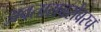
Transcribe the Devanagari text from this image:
अवताराबरोबरच